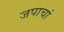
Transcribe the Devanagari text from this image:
जपाचां